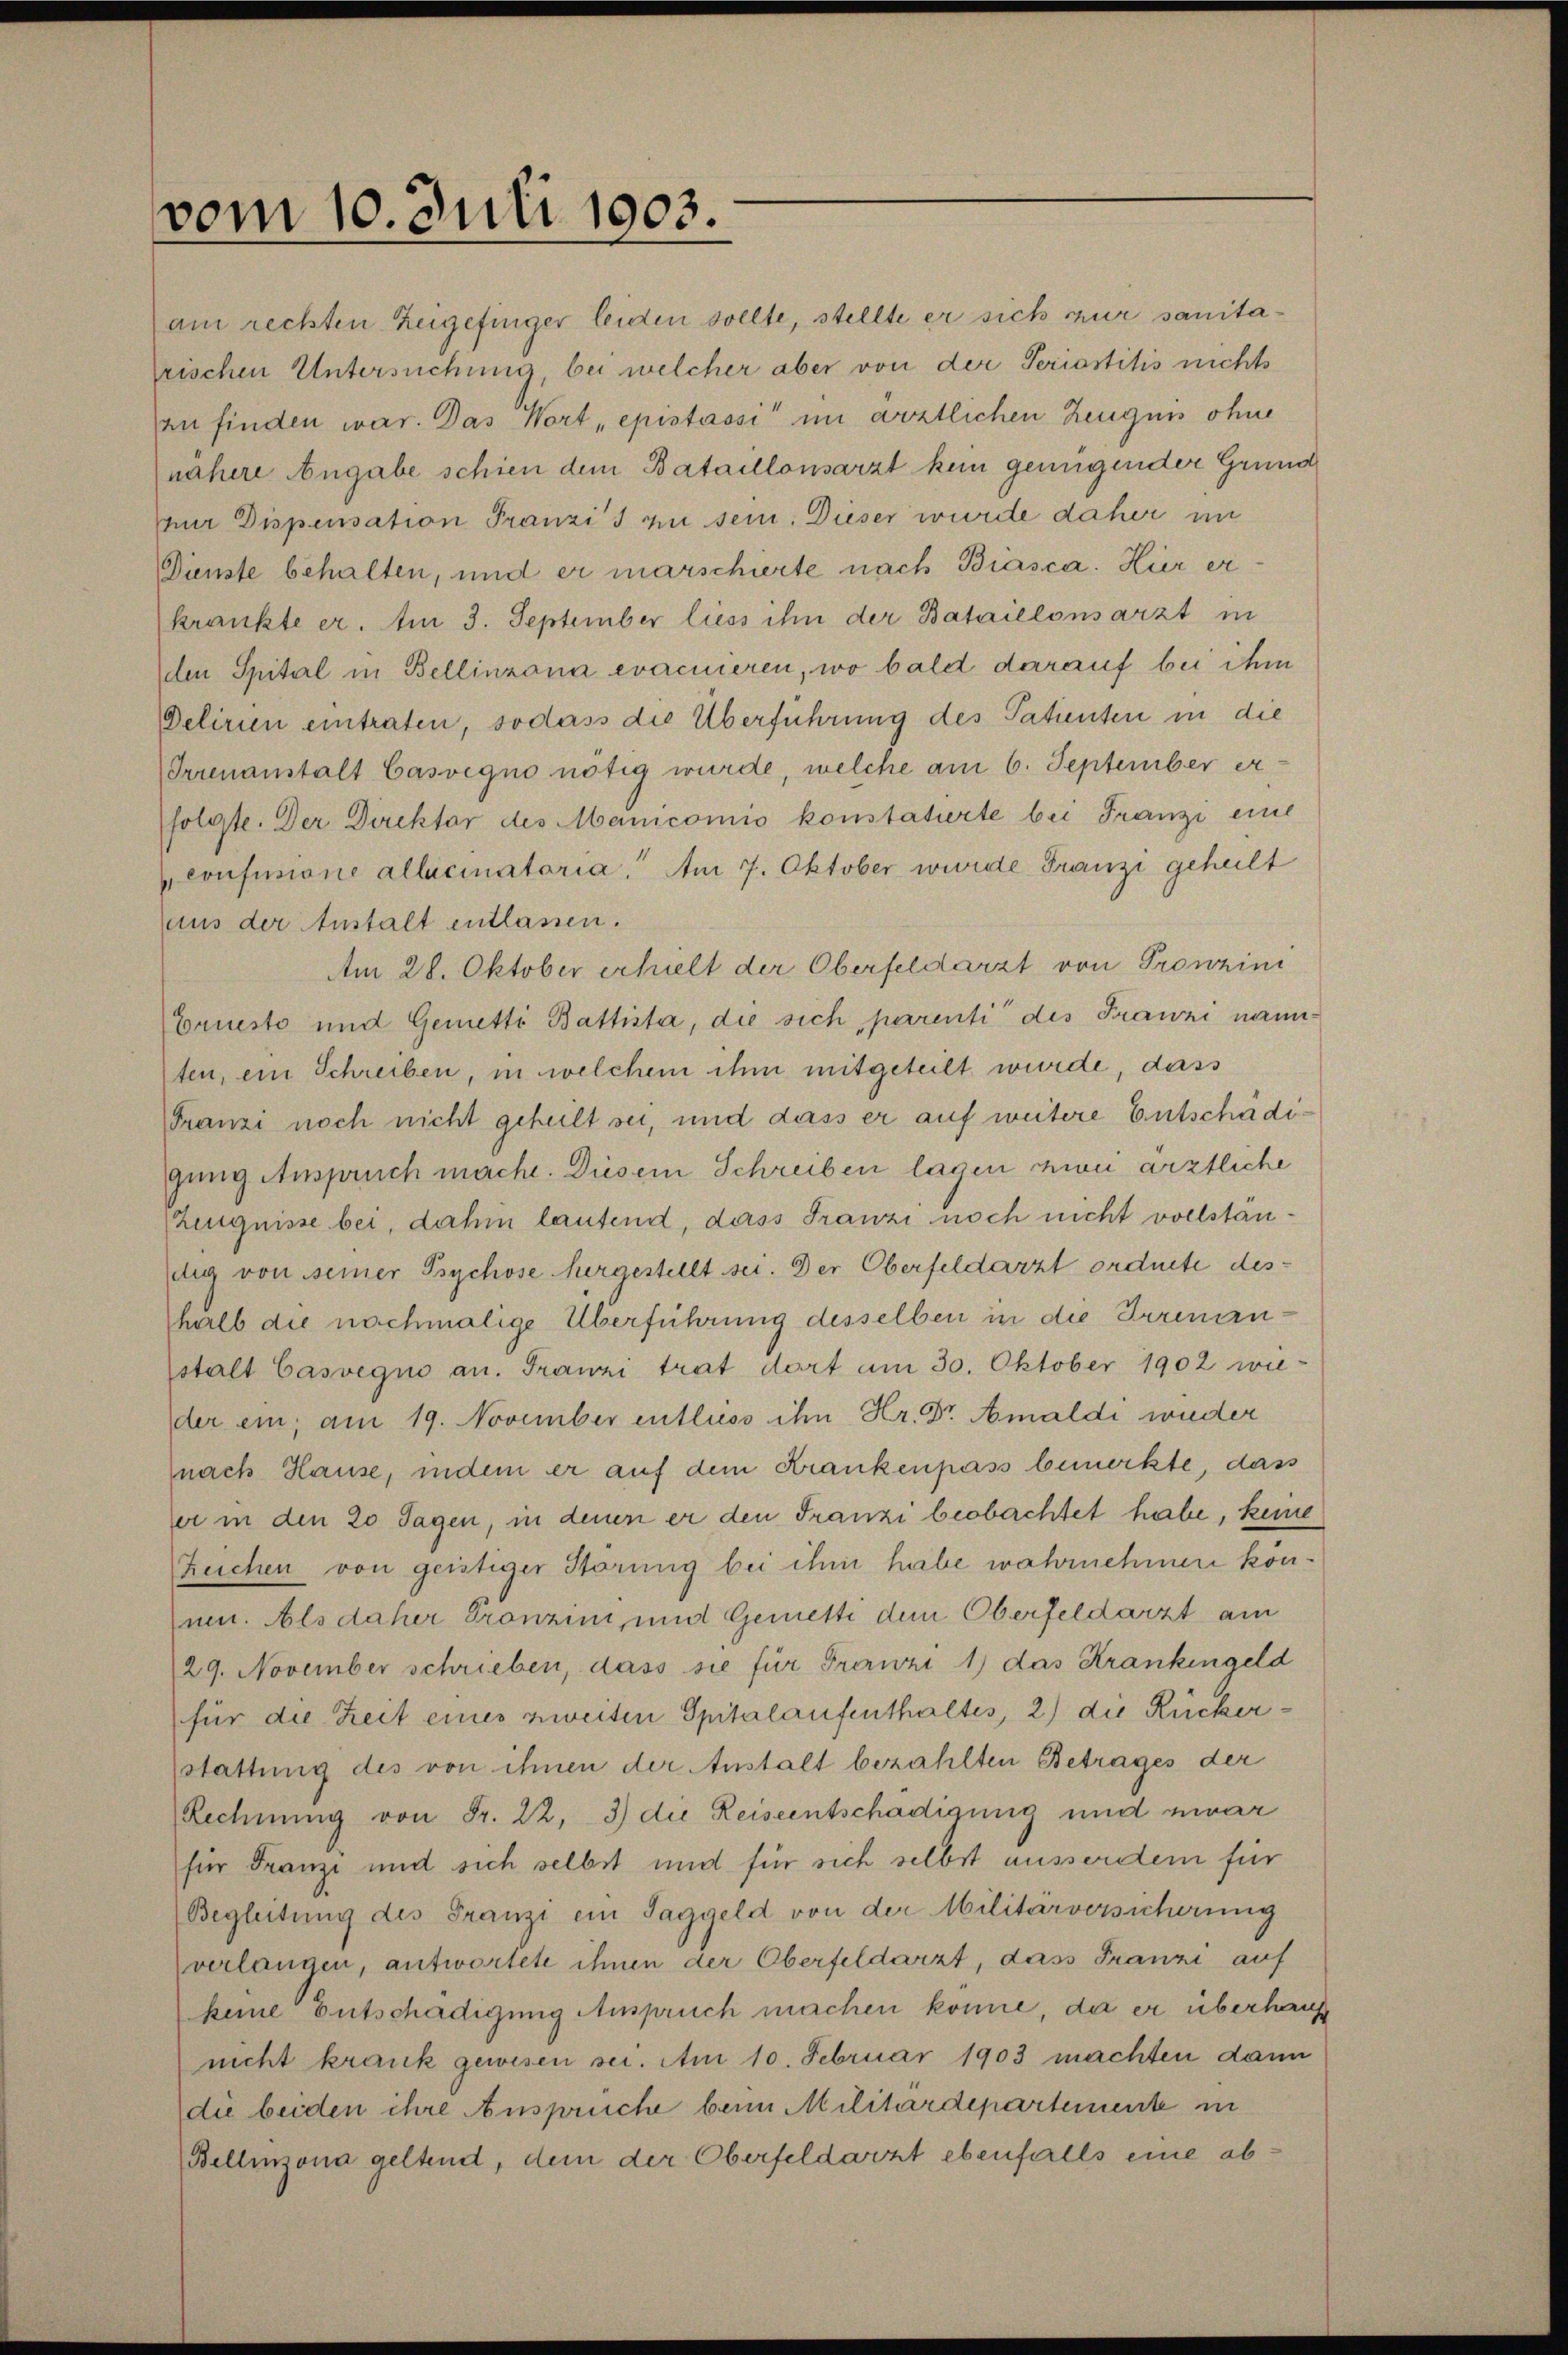
vom 10. Juli 1903.
—

am rechten Zeigefinger leiden sollte, stellte er sich nur sanitafrischen Untersuchung, bei welcher aber von der Seriastitis nichts
an finden war. Das Wort „epistassi“ im ärztlichen Zeugnis ohne
nähere Angabe schien dem Bataillonsarzt kein genügender Grund
nur Dispensation Franzis zu sein. Dieser wurde daher im
Dienste behalten, und er marschierte nach Biasca. Hier erkrankte er. Am 3. September liess ihn der Bataillonsarzt in
den Spital in Bellinzona eracineren, wo bald darauf bei ihm
Delirin eintraten, sodass die Überführung des Patienten in die
Irrenanstalt Casvegno nötig wurde, welche am 6. September er-
folgte. Der Direktor des Manicomis konstatierte bei Franzi eine
cousinone allacinatoria. Am 7. Oktober wurde Franzi geheilt
aus der Anstalt entlassen.
Am 28. Oktober erhielt der Oberfeldarzt von Pronzini
Ernesto und Gemetti Battista, die sich parenti des Frawzi nannten, ein Schreiben, in welchem ihm mitgeteilt wurde, dass
Franzi noch nicht geheilt sei, und dass er auf weitere Entschädigung Anspruch mache. Diesem Schreiben lagen zwei ärztliche
Zeugnisse bei, dahin lautend, dass Franzi noch nicht vollständig von seiner Psychose hergestellt sei. Der Oberfeldarzt ordnete deshalb die nachmalige Überführung desselben in die Irrenanstalt Casvegio an. Franzi trat dort am 30. Oktober 1902 wie-
der ein; am 19. November entliess ihn Hr. Dr. Amaldi wieder
nach Hause, indem er auf dem Krankenpass bemerkte, dass
er in den 20 Tagen, in denen er den Franzi beobachtet habe, keine
Zeichen von geistiger Störung bei ihm habe wahrnehmen könum. Als daher Pronzini, und Gemetti dem Oberfeldarzt am
29. November schrieben, dass sie für Frorwzi 1) das Krankengeld
für die Zeit eines zweiten Spitalaufenthaltes, 2) die Rucker¬
(stattung des von ihnen der Anstalt bezahlten Betrages der
Rechnŭng von Fr. 22, 3) die Reiseentschädigung und zwar
für Franzi und sich selbst und für sich selbst ausserdem für
Begleitung des Franzi ein Taggeld von der Militärversicherung
verlangen, antwortete ihnen der Oberfeldarzt, dass Franzi auf
keine Entschädigung Anspruch machen könne, da er überhaup
nicht krank gewesen sei. Am 10. Februar 1903 machten dann
die beiden ihre Anspruche beim Militärdepartemente in
Bellinzona geltend, dem der Oberfeldarzt ebenfalls eine ab¬